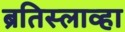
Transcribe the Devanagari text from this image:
ब्रतिस्लाव्हा